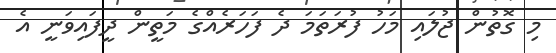
މި ގޮތުން ޖުލައި މަހު ފުރަތަމަ ދެ ފަހަރެއްގެ މަތީން ދީފައިވަނީ އެ